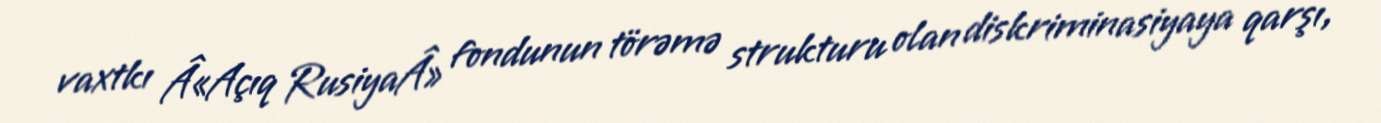
vaxtkı Â«Açıq RusiyaÂ» fondunun törəmə strukturu olan diskriminasiyaya qarşı,